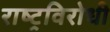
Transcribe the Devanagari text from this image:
राष्‍ट्रविरोधी